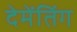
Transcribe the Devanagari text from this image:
देमेंतिंग